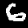
Digit: 6